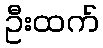
ဦးထက်